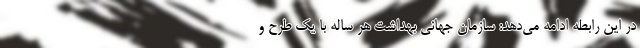
در این رابطه ادامه می‌دهد: سازمان جهانی بهداشت هر ساله با یک طرح و